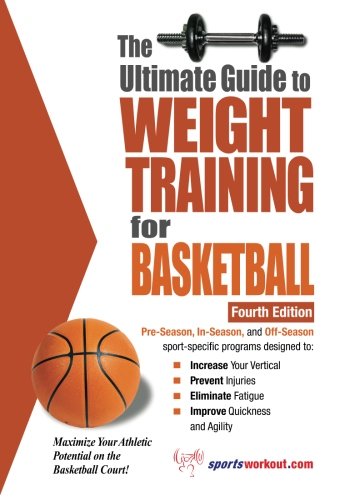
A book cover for The Ultimate Guide to Weight Training for Basketball (Ultimate Guide to Weight Training: Basketball); Rob Price; Sports & Outdoors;